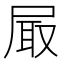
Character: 𡱾